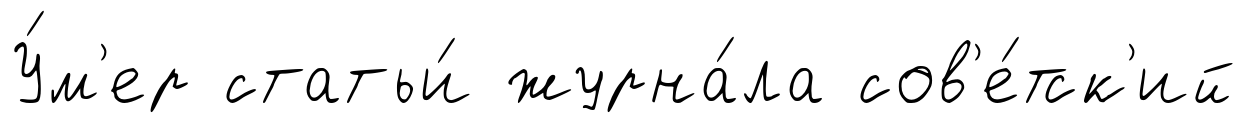
У́м'ер статьи́ журна́ла сов'е́тск'ий